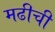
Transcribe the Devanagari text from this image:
मढीची